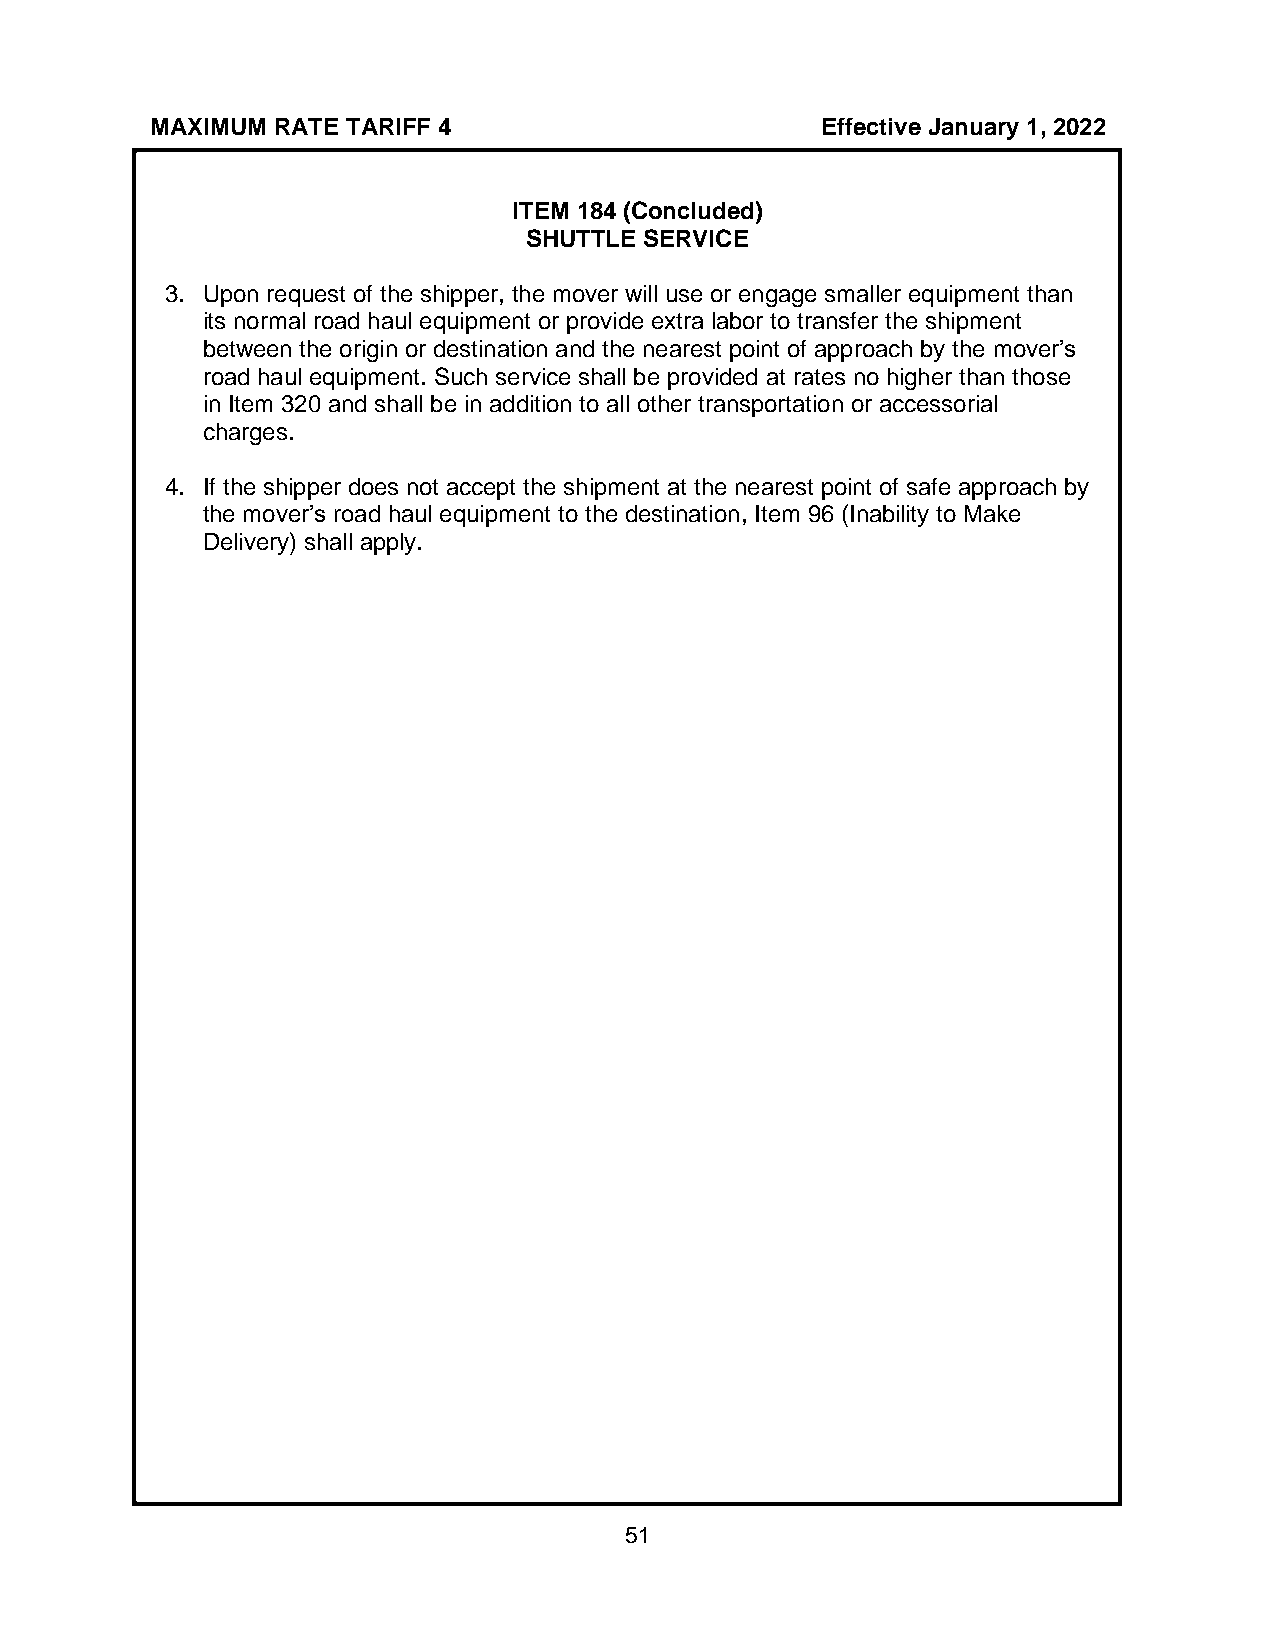
MAXIMUM RATE TARIFF 4                       Effective January 1, 2022
 ITEM 184 (Concluded)
 SHUTTLE SERVICE
 3. Upon request of the shipper, the mover will use or engage smaller equipment than
 its normal road haul equipment or provide extra labor to transfer the shipment
 between the origin or destination and the nearest point of approach by the mover’s
 road haul equipment. Such service shall be provided at rates no higher than those
 in Item 320 and shall be in addition to all other transportation or accessorial
 charges.
 4. If the shipper does not accept the shipment at the nearest point of safe approach by
 the mover’s road haul equipment to the destination, Item 96 (Inability to Make
 Delivery) shall apply.
 51